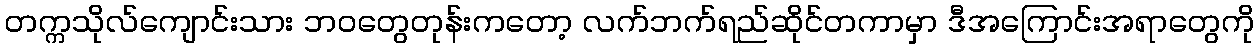
တက္ကသိုလ်ကျောင်းသား ဘဝတွေတုန်းကတော့ လက်ဘက်ရည်ဆိုင်တကာမှာ ဒီအကြောင်းအရာတွေကို